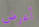
أعرض